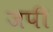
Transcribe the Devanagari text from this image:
जपी